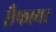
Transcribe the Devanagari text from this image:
सैफायर